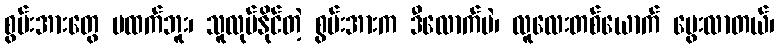
စွမ်းအားတွေ မထက်ဘူး၊ သူလုပ်နိုင်တဲ့ စွမ်းအားက ဒီလောက်ပဲ၊ လူလေးတစ်ယောက် မွေးလာတယ်၊